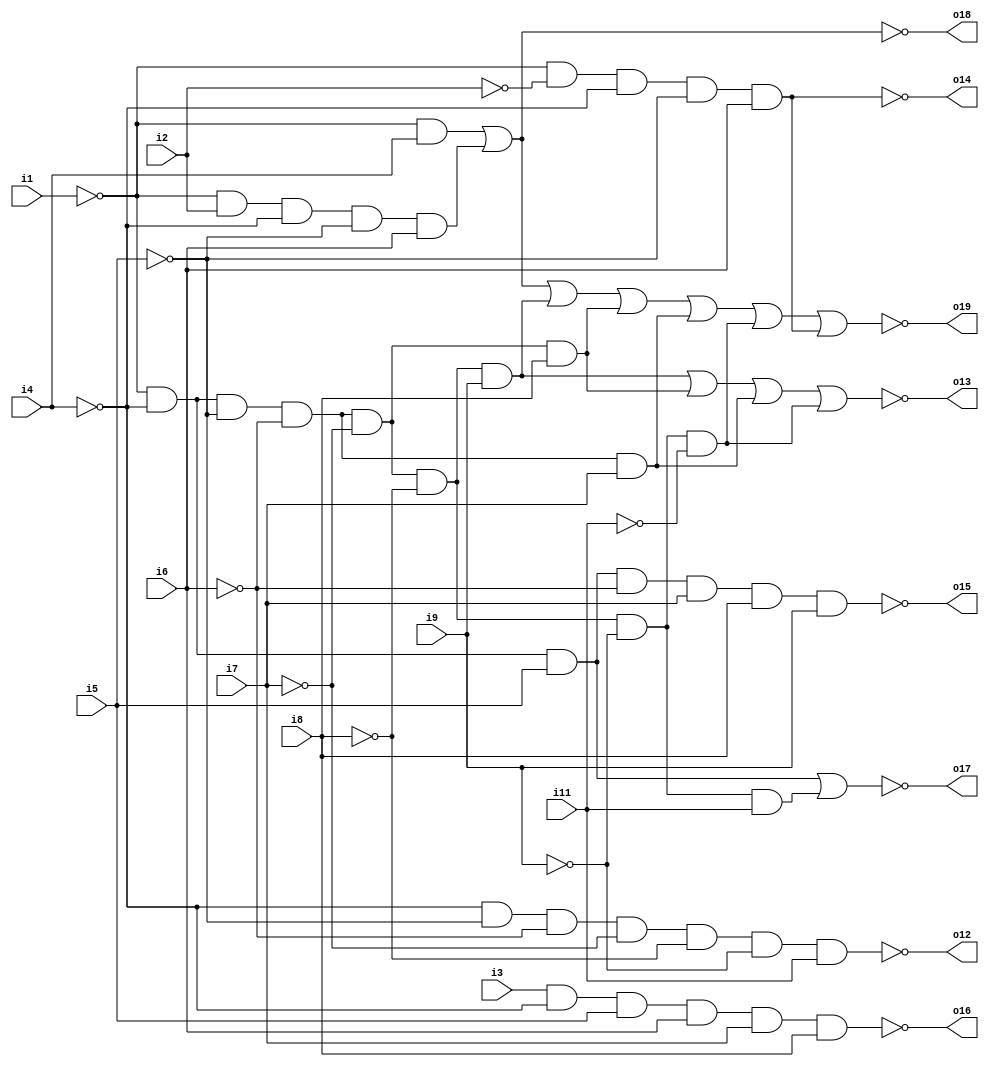
//k053326_D21.v
//PAL16L8 equations
//iverilog k053326_D21.v
`default_nettype none
`timescale 1ns/1ps

//example instance for Aliens PCB
//k053326_D21 D21 (
//     .i1(AS), .i2(BK4), .i3(INIT), 
//     .i4(ADDR[15]), .i5(ADDR[14]), .i6(ADDR[13]), .i7(ADDR[12]), .i8(ADDR[11]), .i9(ADDR[10]), .i11(WOCO),
//     .o12(D21_12), .o13(WORK), .o14(BANK), .o15(D21_15), .o16(D21_16), .o17(D21_17), .o18(PROG), .o19(D21_19)
// );

module k053326_D21 (
    input i1, i2, i3, i4, i5, i6, i7, i8, i9, i11,
    output o12, o13, o14, o15, o16, o17, o18, o19
);
    parameter COMBDLY = 25; //tPD(typical) 25ns for MMI PAL16L8

    assign #COMBDLY o12 = ~(~i4 & ~i5 & ~i6 & ~i7 & ~i8 & ~i9 & i11);

    assign #COMBDLY o13 = ~((~i1 & ~i4 & ~i5 & ~i6 & ~i7 & ~i8 & i9) |
        (~i1 & ~i4 & ~i5 & ~i6 & ~i7 & i8) |
        (~i1 & ~i4 & ~i5 & ~i6 & i7) |
        (~i1 & ~i4 & ~i5 & ~i6 & ~i7 & ~i8 & ~i9 & ~i11));

    assign #COMBDLY o14 = ~(~i1 & ~i2 & ~i4 & ~i5 & i6);

    assign #COMBDLY o15 = ~(~i1 & ~i4 & i5 & ~i6 & i7 & i8 & i9);

    assign #COMBDLY o16 = ~(i3 & ~i4 & i5 & i6 & i7 & i8);

    assign #COMBDLY o17 = ~(( ~i1 & ~i4 & i5) |
        (~i1 & ~i4 & ~i5 & ~i6 & ~i7 & ~i8 & ~i9 & i11));

    assign o18 = ~(( ~i1 & i4) |
        (~i1 & i2 & ~i4 & ~i5 & i6));

    assign o19 = ~(( ~i1 & i4) |
        (~i1 & i2 & ~i4 & ~i5 & i6) |
        (~i1 & ~i4 & ~i5 & ~i6 & ~i7 & ~i8 & i9) |
        (~i1 & ~i4 & ~i5 & ~i6 & ~i7 & i8) |
        (~i1 & ~i4 & ~i5 & ~i6 & i7) |
        (~i1 & ~i4 & ~i5 & ~i6 & ~i7 & ~i8 & ~i9 & ~i11) |
        (~i1 & ~i2 & ~i4 & ~i5 & i6));
endmodule